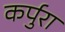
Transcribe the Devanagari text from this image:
कर्पुरा